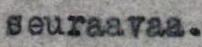
seuraavaa.